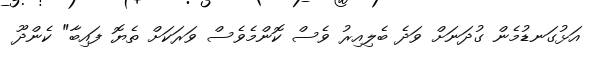
އަޅުގަނޑުމެން ގުދަނަށް ވަދެ ބެލިއިރު ވެސް ކޮންމެވެސް ވަރަކަށް ތެޔޮ ފައިބާ" ކެންދޫ